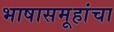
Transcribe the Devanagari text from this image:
भाषासमूहांचा